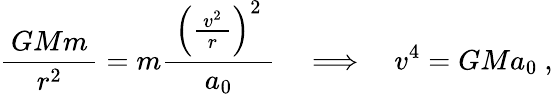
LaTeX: {\frac{\, GMm\, }{r^{2}}}=m{\frac{\; \left({\frac{\, v^{2}\, }{r}}\right)^{2}\; }{a_{0}}}\quad\Longrightarrow\quad v^{4}=GMa_{0}~,